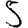
Digit: 5